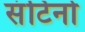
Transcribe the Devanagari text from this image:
संटिनो